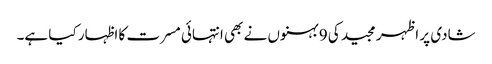
شادی پر اظہر مجید کی 9 بہنوں نے بھی انتہائی مسرت کا اظہار کیا ہے۔